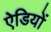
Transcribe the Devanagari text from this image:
ऐडियों